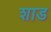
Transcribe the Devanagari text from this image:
शाड